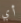
أي